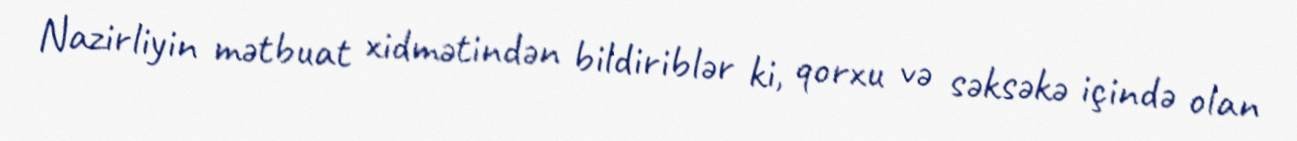
Nazirliyin mətbuat xidmətindən bildiriblər ki, qorxu və səksəkə içində olan